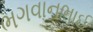
ભગવાનભાઈ